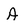
Character: A